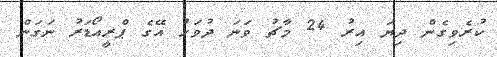
ކުރެވިގެން ދިޔަ އިރު 24 މާޗު ވަނަ ދުވަހު އޭގެ ޕްރީއޯޑަރު ނަގަން